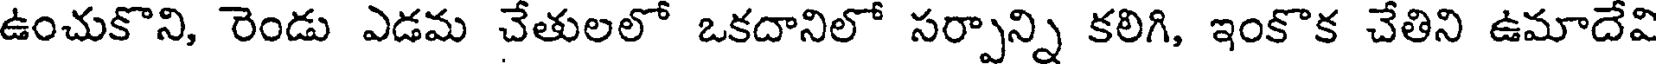
ఉంచుకొని, రెండు ఎడమ చేతులలో ఒకదానిలో సర్పాన్ని కలిగి, ఇంకొక చేతిని ఉమాదేవి